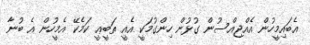
އެބައިމީހުން އެއްޖިއްސުން ގުޅުން ހިންގުމަކީ އެއީ ތަބީޢީ ކަމެކޭ އެމީހުން އެ ބުނާ